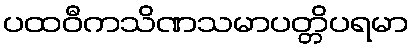
ပထဝီကသိဏသမာပတ္တိပရမာ